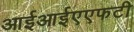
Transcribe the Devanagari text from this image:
आईआईएएफटी